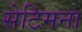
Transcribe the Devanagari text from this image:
सेटिमना